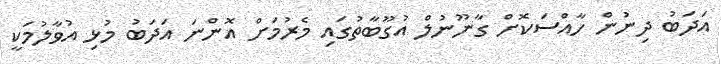
އަދަބު ދިނުން ހާއްސަކޮށް ގާނޫނުލް އުގޫބާތުގައި މެރުމަށް އޮންނަ އަދަބު މުޅި އުވާލުމަކީ